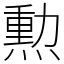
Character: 勲